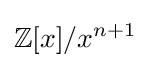
\mathbb {Z} [x]/x^{n+1}